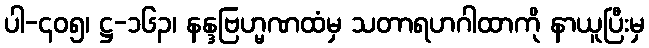
ပါ-၄၀၅၊ ဋ္ဌ-၁၆၃၊ နန္ဒဗြဟ္မဏထံမှ သတာရဟဂါထာကို နာယူပြီးမှ